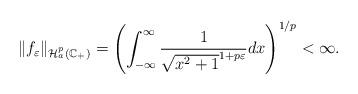
LaTeX: \begin{align*}\|f_\varepsilon\|_{\mathcal H^p_a(\mathbb C_+)}= \left(\int_{-\infty}^{\infty}\frac{1}{\sqrt{x^2+1}^{1+p\varepsilon}} dx\right)^{1/p}<\infty.\end{align*}